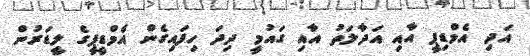
އަދި އެމްޑިޕީ އާއި އަދާލަތު އާއި ގައުމީ ދިދަ ހިފައިގެން އެމްޑީޕީގެ ލީޑަރުން